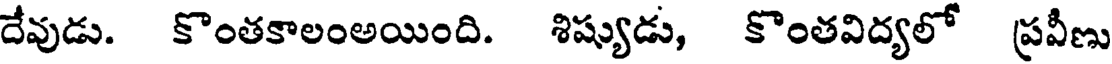
దేవుడు. కొంతకాలంఅయింది. శిష్యుడు, కొంతవిద్యలో ప్రవీణు